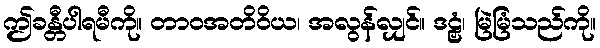
ဤခန္တီပါရမီကို။ တာဝအတိဝိယ၊ အလွန်လျှင်။ ဒဠှံ၊ မြဲမြံသည်ကို။